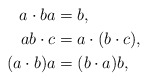
\begin{align*}a\cdot ba &= b, \\ab\cdot c &= a\cdot(b\cdot c),\\(a\cdot b)a &= (b\cdot a)b,\end{align*}